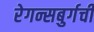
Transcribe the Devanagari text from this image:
रेगन्सबुर्गची